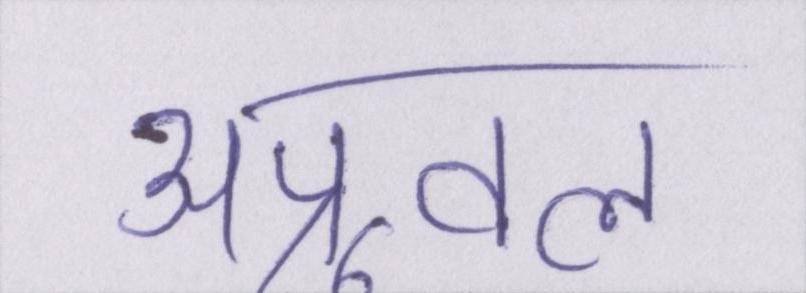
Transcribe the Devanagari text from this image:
अप्रूवल